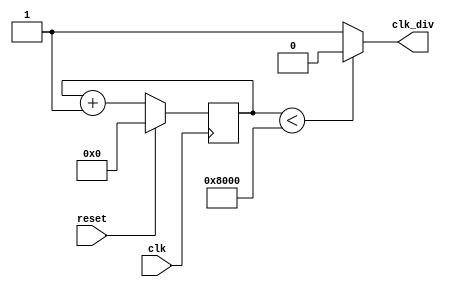
`timescale 1ns / 1ps
//////////////////////////////////////////////////////////////////////////////////
// Company: 
// Engineer: 
// 
// Design Name: 
// Module Name:    clock_div 
// Project Name: 
// Target Devices: 
// Tool versions: 
// Description: 
//
// Dependencies: 
//
// Revision: 
// Revision 0.01 - File Created
// Additional Comments: 
//
//////////////////////////////////////////////////////////////////////////////////
module clock_div(
	 clk,
	 reset,
	 clk_div
    );

	parameter DIV_SIZE = 1 << 16;
	parameter HALF_DIV = 1 << 15;

	input wire clk;
	input wire reset;
	output reg clk_div;
	
	reg [15:0] count;
	
	always @(*) begin
		if (count < HALF_DIV) begin
			clk_div <= 0;
		end else begin
			clk_div <= 1;
		end
	end
	
	always @(posedge clk) begin
		if (reset) begin
			count <= 0;
		end else begin
			count <= count + 1;
		end
	end

endmodule